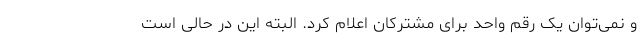
و نمی‌توان یک رقم واحد برای مشترکان اعلام کرد. البته این در حالی است